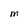
Character: M